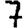
Digit: 7